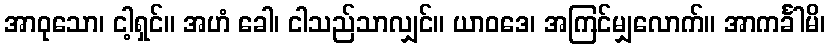
အာဝုသော၊ ငါ့ရှင်။ အဟံ ခေါ၊ ငါသည်သာလျှင်။ ယာဝဒေ၊ အကြင်မျှလောက်။ အာကင်္ခါမိ၊